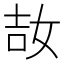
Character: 𡜩